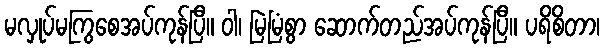
မလှုပ်မကြွစေအပ်ကုန်ပြီ။ ဝါ၊ မြဲမြံစွာ ဆောက်တည်အပ်ကုန်ပြီ။ ပရိစိတာ၊